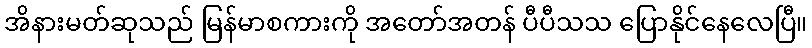
အိနားမတ်ဆုသည် မြန်မာစကားကို အတော်အတန် ပီပီသသ ပြောနိုင်နေလေပြီ။